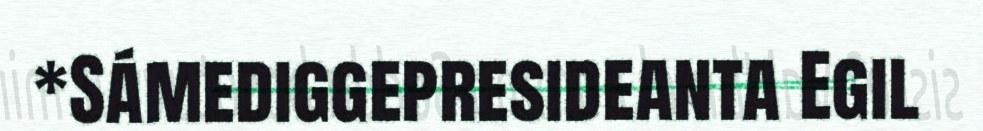
*Sámediggepresideanta Egil